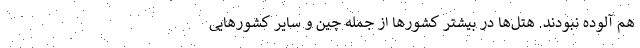
هم آلوده نبودند. هتل‌ها در بیشتر کشورها از جمله چین و سایر کشورهایی